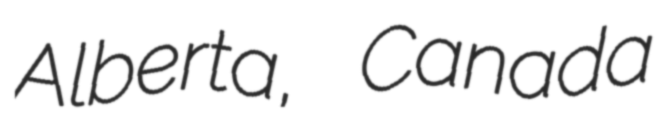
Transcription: Alberta, Canada